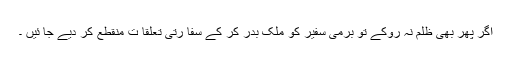
اگر پھر بھی ظلم نہ روکے تو برمی سفیر کو ملک بدر کر کے سفا رتی تعلقا ت منقطع کر دیے جا ئیں ۔